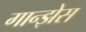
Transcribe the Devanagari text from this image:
गान्झेस